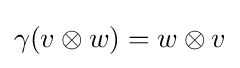
\gamma (v\otimes w)=w\otimes v